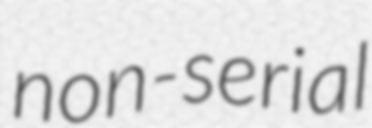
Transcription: non-serial